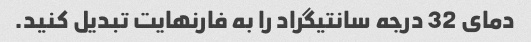
دمای 32 درجه سانتیگراد را به فارنهایت تبدیل کنید.